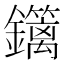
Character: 𨯽